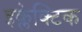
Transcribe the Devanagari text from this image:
इक्लेक्टिक